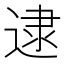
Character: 逮